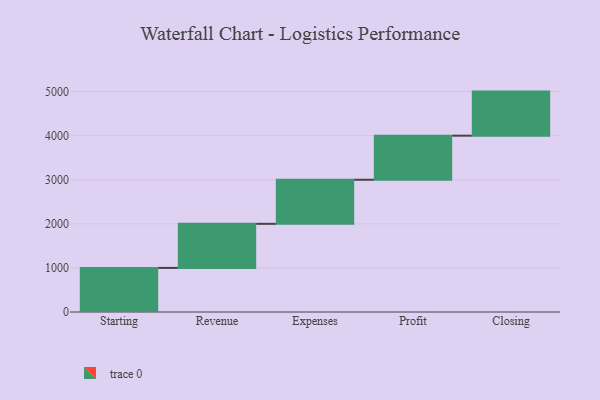
{"axis": {"x": "Step", "y": "Value"}, "legend": [""], "data": [{"x": "Starting", "y": 1000, "type": ""}, {"x": "Revenue", "y": 1000, "type": ""}, {"x": "Expenses", "y": 1000, "type": ""}, {"x": "Profit", "y": 1000, "type": ""}, {"x": "Closing", "y": 1000, "type": ""}]}